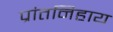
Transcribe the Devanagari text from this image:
प्रांतनिहाय